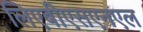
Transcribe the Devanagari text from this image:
लिएबीएसएनएल